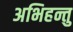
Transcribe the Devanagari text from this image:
अभिहन्तु